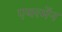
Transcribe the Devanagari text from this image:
एयरमेंन